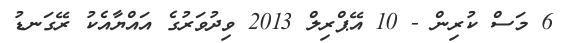
6 މަސް ކުރިން - 10 އޭޕްރިލް 2013 ވިދުވަރުގެ އައްޔާއެކު ރޭގަނޑު